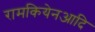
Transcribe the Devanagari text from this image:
रामकियेनआदि